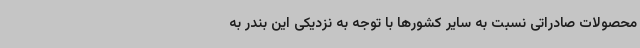
محصولات صادراتی نسبت به سایر کشورها با توجه به نزدیکی این بندر به